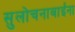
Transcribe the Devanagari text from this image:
सुलोचनाबाईंना